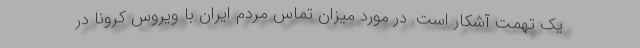
یک تهمت آشکار است. در مورد میزان تماس مردم ایران با ویروس کرونا در